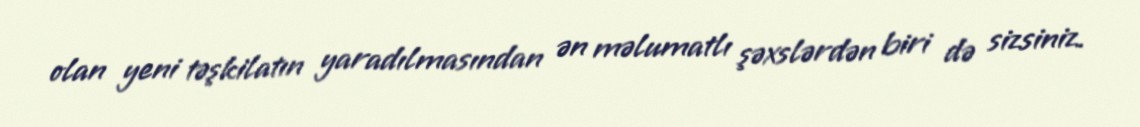
olan yeni təşkilatın yaradılmasından ən məlumatlı şəxslərdən biri də sizsiniz.